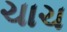
ચાચ